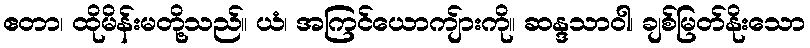
ဧတာ၊ ထိုမိန်းမတို့သည်။ ယံ၊ အကြင်ယောကျ်ားကို။ ဆန္ဒသာဝါ၊ ချစ်မြတ်နိုးသော